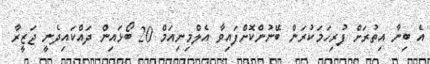
އެ ބިނާ އިތުރަށް ފުރިހަމަކުރަން ބޭނުންކޮށްފައިވާ އެލްމިނިއަމް 20 ބޯޅައިން ދައްކައިދެނީ ޖަޒީރާ